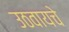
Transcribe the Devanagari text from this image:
उठवायचे